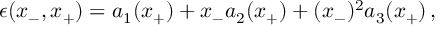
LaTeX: \epsilon ( x _ { - } , x _ { + } ) = a _ { 1 } ( x _ { + } ) + x _ { - } a _ { 2 } ( x _ { + } ) + ( x _ { - } ) ^ { 2 } a _ { 3 } ( x _ { + } ) \, ,